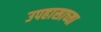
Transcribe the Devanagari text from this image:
उपहासाच्या